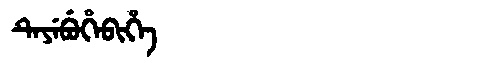
Manchu: ᡨᡝᠶᡝᠪᡠᡥᡝᠪᡳᡥᡝ
Romanization: TEYEBUHEBIHE